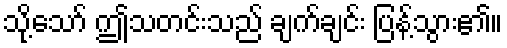
သို့သော် ဤသတင်းသည် ချက်ချင်း ပြန့်သွား၏။